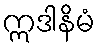
ဣဒါနိမံ